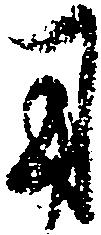
用